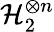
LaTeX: \mathcal{H}_{2}^{\otimes n}